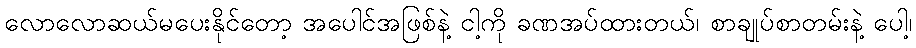
လောလောဆယ်မပေးနိုင်တော့ အပေါင်အဖြစ်နဲ့ ငါ့ကို ခဏအပ်ထားတယ်၊ စာချုပ်စာတမ်းနဲ့ ပေါ့၊